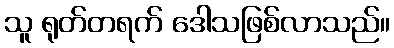
သူ ရုတ်တရက် ဒေါသဖြစ်လာသည်။